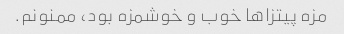
مزه پیتزاها خوب و خوشمزه بود، ممنونم.